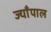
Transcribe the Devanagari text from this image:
ज्याँपाल